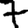
Digit: 7